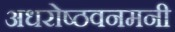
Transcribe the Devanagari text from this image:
अधरोष्ठवनमनी